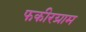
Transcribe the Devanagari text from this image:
फकीरग्राम